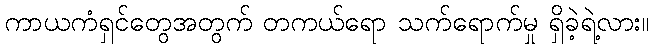
ကာယကံရှင်တွေအတွက် တကယ်ရော သက်ရောက်မှု ရှိခဲ့ရဲ့လား။